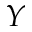
Y